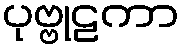
ပုဗ္ဗုဠကာ